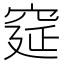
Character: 𮃾